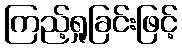
ကြည့်ရှုခြင်းဖြင့်